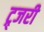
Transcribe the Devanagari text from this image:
ट्र्जरी